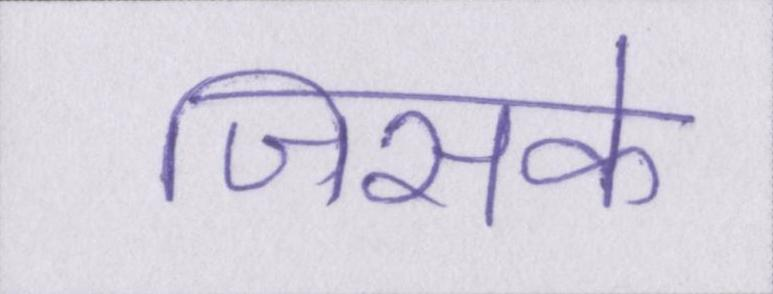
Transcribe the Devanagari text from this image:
जिसके